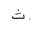
Letter: _tha